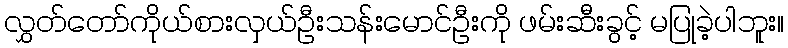
လွှတ်တော်ကိုယ်စားလှယ်ဦးသန်းမောင်ဦးကို ဖမ်းဆီးခွင့် မပြုခဲ့ပါဘူး။